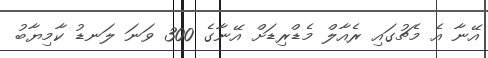
އޭނާ އެ މެޗުގައި ރެއާލް މެޑްރިޑަށް އޭނާގެ 300 ވަނަ ލަނޑު ކާމިޔާބު